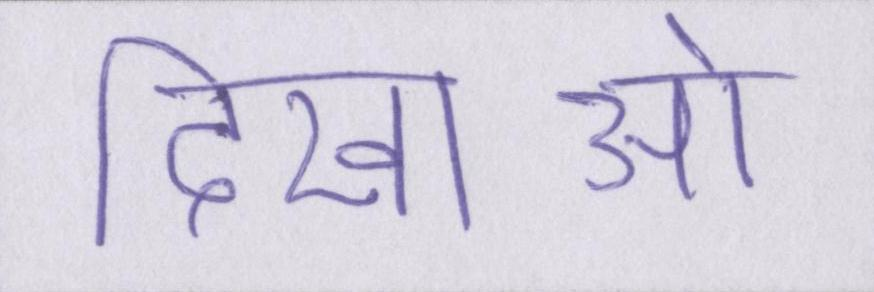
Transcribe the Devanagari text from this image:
दिखाओ